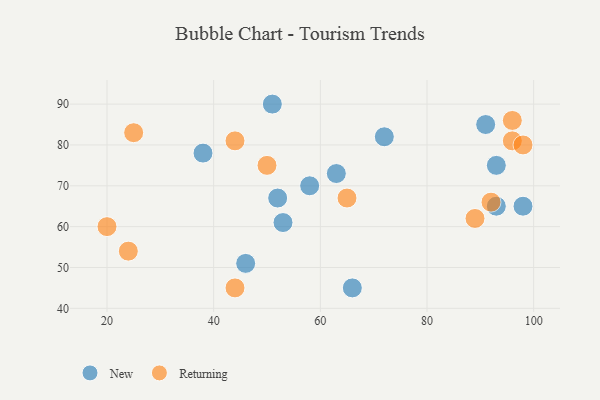
{"axis": {"x": "GDP", "y": "Life Expectancy"}, "legend": ["New", "Returning"], "data": [{"x": "46", "y": 51, "type": "New"}, {"x": "63", "y": 73, "type": "New"}, {"x": "53", "y": 61, "type": "New"}, {"x": "58", "y": 70, "type": "New"}, {"x": "93", "y": 75, "type": "New"}, {"x": "38", "y": 78, "type": "New"}, {"x": "66", "y": 45, "type": "New"}, {"x": "72", "y": 82, "type": "New"}, {"x": "93", "y": 65, "type": "New"}, {"x": "51", "y": 90, "type": "New"}, {"x": "98", "y": 65, "type": "New"}, {"x": "91", "y": 85, "type": "New"}, {"x": "52", "y": 67, "type": "New"}, {"x": "92", "y": 66, "type": "Returning"}, {"x": "96", "y": 81, "type": "Returning"}, {"x": "24", "y": 54, "type": "Returning"}, {"x": "20", "y": 60, "type": "Returning"}, {"x": "25", "y": 83, "type": "Returning"}, {"x": "65", "y": 67, "type": "Returning"}, {"x": "50", "y": 75, "type": "Returning"}, {"x": "96", "y": 86, "type": "Returning"}, {"x": "44", "y": 45, "type": "Returning"}, {"x": "89", "y": 62, "type": "Returning"}, {"x": "44", "y": 81, "type": "Returning"}, {"x": "98", "y": 80, "type": "Returning"}]}